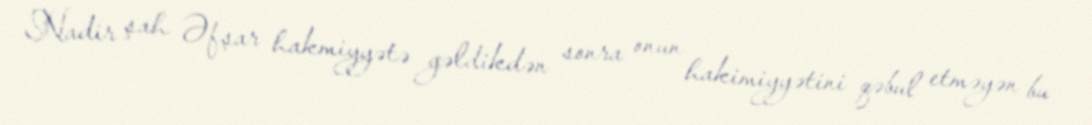
Nadir şah Əfşar hakmiyyətə gəldikdən sonra onun hakimiyyətini qəbul etməyən bu